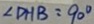
\angle D H B = 9 0 ^ { \circ }